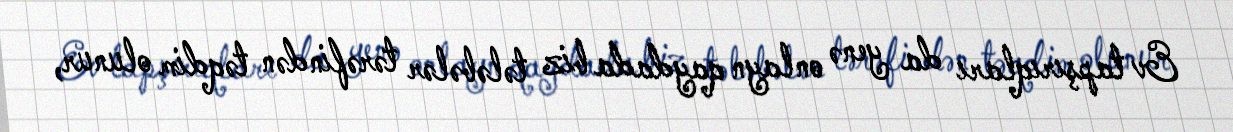
Ev tapşırıqları da yenə onlayn qaydada biz tələbələr tərəfindən təqdim olunur,